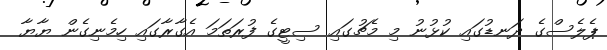
ޕެލެސްގެ ދަނޑުގައި ކުޅުނު މި މެޗުގައި ސިޓީގެ ފުރަތަމަ އެގާރާގައި ހިމެނިގެން ޔާޔާ